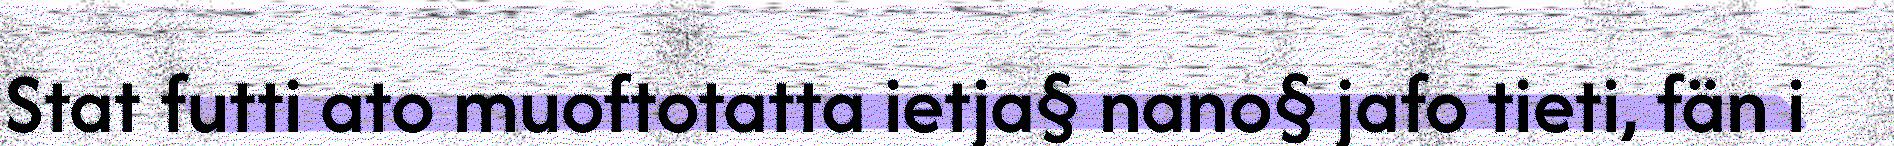
Stat futti ato muoftotatta ietja§ nano§ jafo tieti, fän i